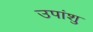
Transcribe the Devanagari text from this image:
उपांशु